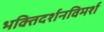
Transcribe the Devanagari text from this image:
भक्तिदर्शनविमर्श